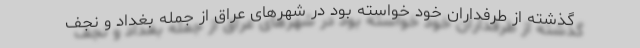
گذشته از طرفداران خود خواسته بود در شهرهای عراق از جمله بغداد و نجف